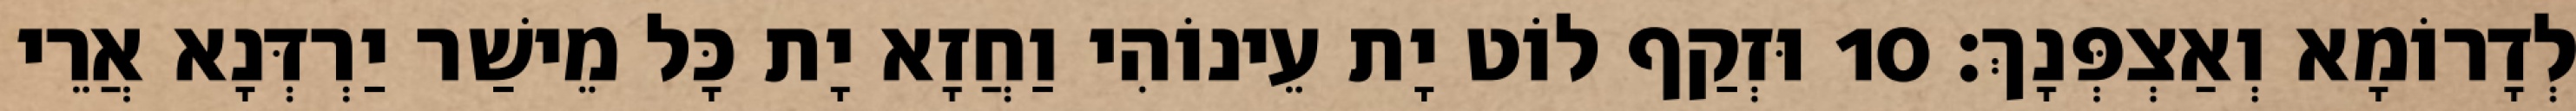
לְדָרוֹמָא וְאַצְפְּנָךְ׃ 10 וּזְקַף לוֹט יָת עֵינוֹהִי וַחֲזָא יָת כָּל מֵישַׁר יַרְדְּנָא אֲרֵי